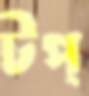
টপ্‌